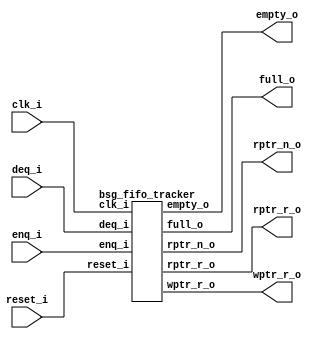


module top
(
  clk_i,
  reset_i,
  enq_i,
  deq_i,
  wptr_r_o,
  rptr_r_o,
  rptr_n_o,
  full_o,
  empty_o
);

  output [9:0] wptr_r_o;
  output [9:0] rptr_r_o;
  output [9:0] rptr_n_o;
  input clk_i;
  input reset_i;
  input enq_i;
  input deq_i;
  output full_o;
  output empty_o;

  bsg_fifo_tracker
  wrapper
  (
    .wptr_r_o(wptr_r_o),
    .rptr_r_o(rptr_r_o),
    .rptr_n_o(rptr_n_o),
    .clk_i(clk_i),
    .reset_i(reset_i),
    .enq_i(enq_i),
    .deq_i(deq_i),
    .full_o(full_o),
    .empty_o(empty_o)
  );


endmodule



module bsg_circular_ptr_slots_p1024_max_add_p1
(
  clk,
  reset_i,
  add_i,
  o,
  n_o
);

  input [0:0] add_i;
  output [9:0] o;
  output [9:0] n_o;
  input clk;
  input reset_i;
  wire [9:0] n_o,genblk1_genblk1_ptr_r_p1;
  wire N0,N1,N2,N3,N4,N5,N6,N7,N8,N9,N10,N11,N12,N13,N14,N15;
  reg [9:0] o;
  assign genblk1_genblk1_ptr_r_p1 = o + 1'b1;
  assign { N14, N13, N12, N11, N10, N9, N8, N7, N6, N5 } = (N0)? { 1'b0, 1'b0, 1'b0, 1'b0, 1'b0, 1'b0, 1'b0, 1'b0, 1'b0, 1'b0 } : 
                                                           (N1)? n_o : 1'b0;
  assign N0 = reset_i;
  assign N1 = N4;
  assign n_o = (N2)? genblk1_genblk1_ptr_r_p1 : 
               (N3)? o : 1'b0;
  assign N2 = add_i[0];
  assign N3 = N15;
  assign N4 = ~reset_i;
  assign N15 = ~add_i[0];

  always @(posedge clk) begin
    if(1'b1) begin
      { o[9:0] } <= { N14, N13, N12, N11, N10, N9, N8, N7, N6, N5 };
    end 
  end


endmodule



module bsg_fifo_tracker
(
  clk_i,
  reset_i,
  enq_i,
  deq_i,
  wptr_r_o,
  rptr_r_o,
  rptr_n_o,
  full_o,
  empty_o
);

  output [9:0] wptr_r_o;
  output [9:0] rptr_r_o;
  output [9:0] rptr_n_o;
  input clk_i;
  input reset_i;
  input enq_i;
  input deq_i;
  output full_o;
  output empty_o;
  wire [9:0] wptr_r_o,rptr_r_o,rptr_n_o;
  wire full_o,empty_o,N0,N1,N2,N3,N4,N5,N6,N7,N8,N9,equal_ptrs,SYNOPSYS_UNCONNECTED_1,
  SYNOPSYS_UNCONNECTED_2,SYNOPSYS_UNCONNECTED_3,SYNOPSYS_UNCONNECTED_4,
  SYNOPSYS_UNCONNECTED_5,SYNOPSYS_UNCONNECTED_6,SYNOPSYS_UNCONNECTED_7,SYNOPSYS_UNCONNECTED_8,
  SYNOPSYS_UNCONNECTED_9,SYNOPSYS_UNCONNECTED_10;
  reg deq_r,enq_r;

  bsg_circular_ptr_slots_p1024_max_add_p1
  rptr
  (
    .clk(clk_i),
    .reset_i(reset_i),
    .add_i(deq_i),
    .o(rptr_r_o),
    .n_o(rptr_n_o)
  );


  bsg_circular_ptr_slots_p1024_max_add_p1
  wptr
  (
    .clk(clk_i),
    .reset_i(reset_i),
    .add_i(enq_i),
    .o(wptr_r_o),
    .n_o({ SYNOPSYS_UNCONNECTED_1, SYNOPSYS_UNCONNECTED_2, SYNOPSYS_UNCONNECTED_3, SYNOPSYS_UNCONNECTED_4, SYNOPSYS_UNCONNECTED_5, SYNOPSYS_UNCONNECTED_6, SYNOPSYS_UNCONNECTED_7, SYNOPSYS_UNCONNECTED_8, SYNOPSYS_UNCONNECTED_9, SYNOPSYS_UNCONNECTED_10 })
  );

  assign equal_ptrs = rptr_r_o == wptr_r_o;
  assign N5 = (N0)? 1'b1 : 
              (N9)? 1'b1 : 
              (N4)? 1'b0 : 1'b0;
  assign N0 = N2;
  assign N6 = (N0)? 1'b0 : 
              (N9)? enq_i : 1'b0;
  assign N7 = (N0)? 1'b1 : 
              (N9)? deq_i : 1'b0;
  assign N1 = enq_i | deq_i;
  assign N2 = reset_i;
  assign N3 = N1 | N2;
  assign N4 = ~N3;
  assign N8 = ~N2;
  assign N9 = N1 & N8;
  assign empty_o = equal_ptrs & deq_r;
  assign full_o = equal_ptrs & enq_r;

  always @(posedge clk_i) begin
    if(N5) begin
      deq_r <= N7;
      enq_r <= N6;
    end 
  end


endmodule